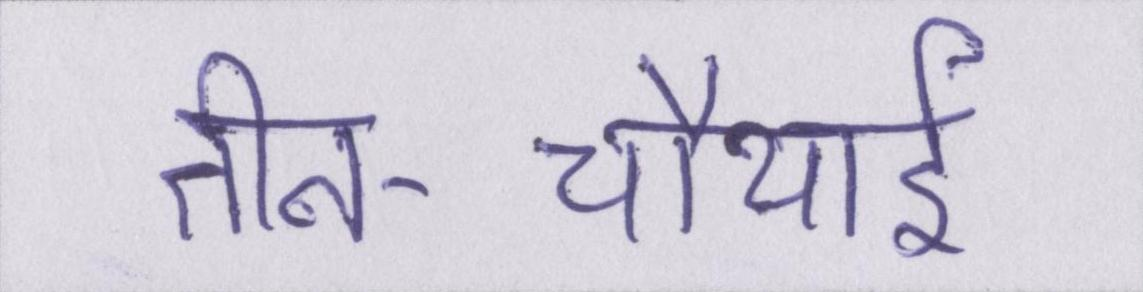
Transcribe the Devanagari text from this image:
तीन-चौथाई